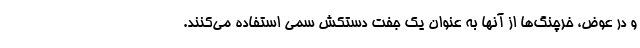
و در عوض، خرچنگ‌ها از آنها به عنوان یک جفت دستکش سمی استفاده می‌کنند.